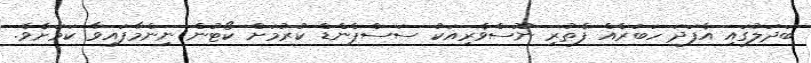
ބަދަލުގައި އެފަދަ ހަބަރެއް ފެތުރި ނޫސްވެރިއަކު ސަސްޕެންޑް ކުރުމަށް ކޯޓުން ނިންމާފައިވާ ކަމަށެވެ.